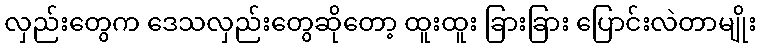
လှည်းတွေက ဒေသလှည်းတွေဆိုတော့ ထူးထူး ခြားခြား ပြောင်းလဲတာမျိုး